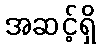
အဆင့်ရှိ